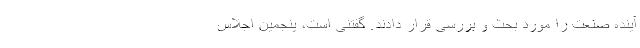
آینده صنعت را مورد بحث و بررسی قرار دادند. گفتنی است، پنجمین اجلاس